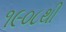
૧૯૦૮થી